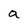
Character: a